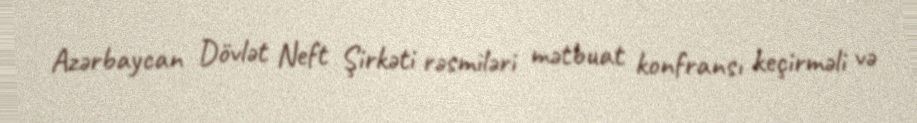
Azərbaycan Dövlət Neft Şirkəti rəsmiləri mətbuat konfransı keçirməli və